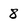
Character: 8